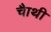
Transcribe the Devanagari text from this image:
चाैथी